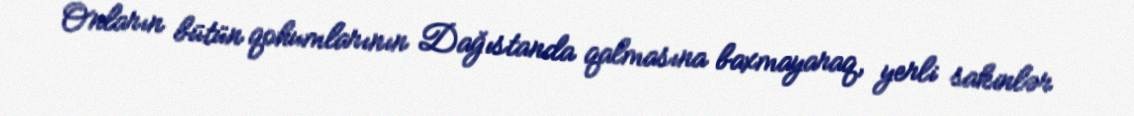
Onların bütün qohumlarının Dağıstanda qalmasına baxmayaraq, yerli sakinlər